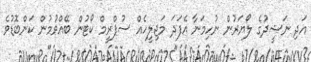
އަދި ނަޝީދުގެ ލޯޔަރުން ނުހިމަނާ އެފަދަ މަޖިލީހެއް ސުޕްރީމް ކޯޓުން ބޭއްވުމުން ކަންބޮޑުވެ